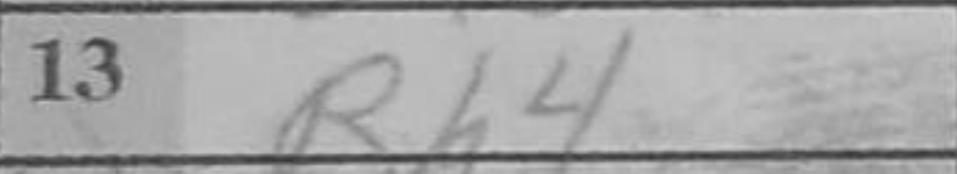
Transcription: Rh4